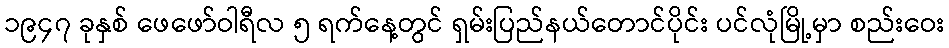
၁၉၄၇ ခုနှစ် ဖေဖော်ဝါရီလ ၅ ရက်နေ့တွင် ရှမ်းပြည်နယ်တောင်ပိုင်း ပင်လုံမြို့မှာ စည်းဝေး